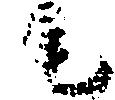
尾